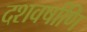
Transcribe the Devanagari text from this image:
दशवर्षाणि